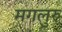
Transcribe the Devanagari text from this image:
मगलुरु